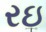
રઇ